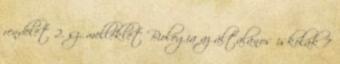
rendelet 2. sz. melléklet Biológia az általános iskolák 7